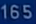
165